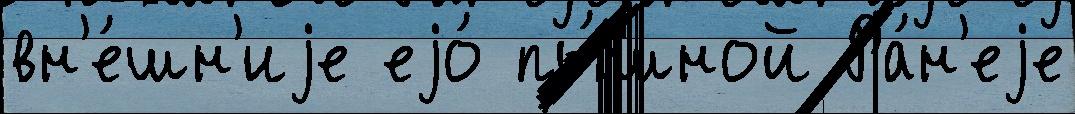
вн'е́шн'иjе еjо́ пы́шной Ра́н'еjе